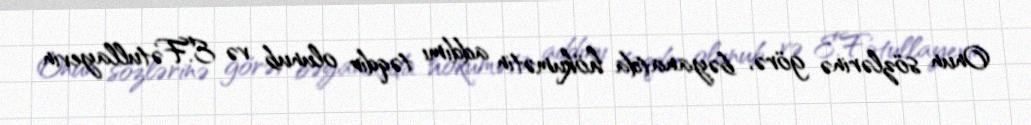
Onun sözlərinə görə, bəyanatda hökumətin addımı təqdir olunub və E.Fətullayevin